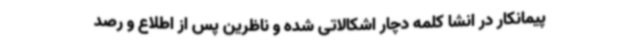
پیمانکار در انشا کلمه دچار اشکالاتی شده و ناظرین پس از اطلاع و رصد